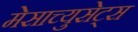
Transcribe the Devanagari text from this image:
मेसाच्युसेट्स